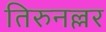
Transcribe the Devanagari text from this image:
तिरुनल्लर